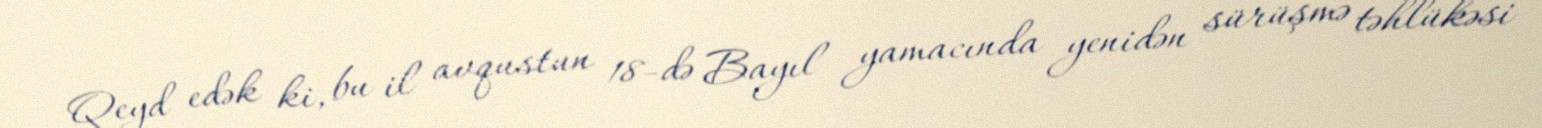
Qeyd edək ki, bu il avqustun 18-də Bayıl yamacında yenidən sürüşmə təhlükəsi